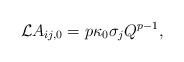
LaTeX: \begin{align*}\mathcal{L}A_{ij,0}=p\kappa_0\sigma_jQ^{p-1},\end{align*}